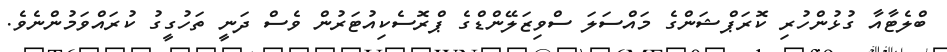
ބްލެޓާއާ ގުޅުންހުރި ކޮރަޕްޝަންގެ މައްސަލަ ސްވިޒަލޭންޑްގެ ޕްރޮސެކިއުޓަރުން ވެސް ދަނީ ތަހުގީގު ކުރައްވަމުންނެވެ.